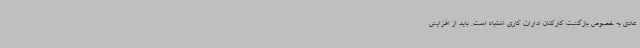
عادی به خصوص بازگشت کارکنان ادارات کاری اشتباه است. باید از افزایش